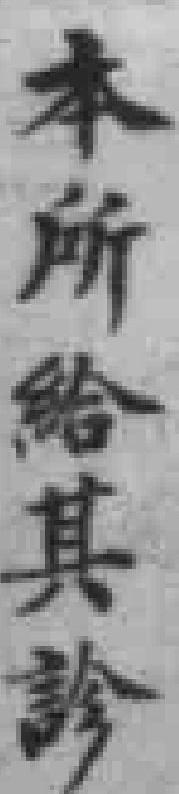
本所給其診